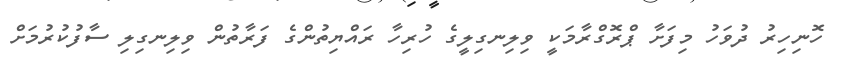
ހޮނިހިރު ދުވަހު މިފަށާ ޕްރޮގްރާމަކީ ވިލިނގިލީގެ ހުރިހާ ރައްޔިތުންގެ ފަރާތުން ވިލިނގިލި ސާފުކުރުމަށް